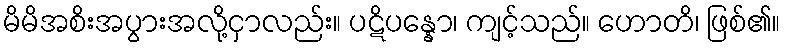
မိမိအစိးအပွားအလို့ငှာလည်း။ ပဋိပန္နော၊ ကျင့်သည်။ ဟောတိ၊ ဖြစ်၏။